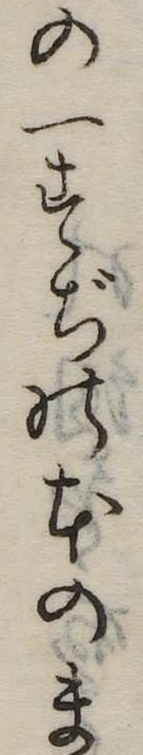
の一すぢの本のま